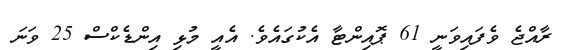
ރާއްޖެ ވެފައިވަނީ 61 ޕޮއިންޓާ އެކުގައެވެ. އެއީ މުޅި އިންޑެކްސް 25 ވަނަ